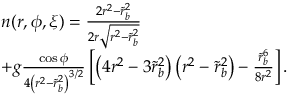
\begin{array} { r l } & { n ( r , \phi , \xi ) = \frac { 2 r ^ { 2 } - \tilde { r } _ { b } ^ { 2 } } { 2 r \sqrt { r ^ { 2 } - \tilde { r } _ { b } ^ { 2 } } } } \\ & { + g \frac { \cos \phi } { 4 \left( r ^ { 2 } - \tilde { r } _ { b } ^ { 2 } \right) ^ { 3 / 2 } } \left[ \left( 4 r ^ { 2 } - 3 \tilde { r } _ { b } ^ { 2 } \right) \left( r ^ { 2 } - \tilde { r } _ { b } ^ { 2 } \right) - \frac { \tilde { r } _ { b } ^ { 6 } } { 8 r ^ { 2 } } \right] . } \end{array}